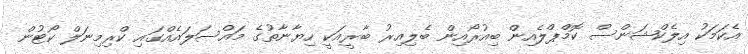
އެކަމަކު އިލެކްޝަންސް ކޮމްޕްލެއިން ބިއުރޯއިން ބެލިއިރު ބާރީއަކީ ހިޔާނާތުގެ މައްސަލައެއްގައި ކްރިމިނަލް ކޯޓުން